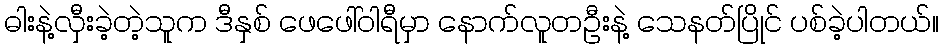
ဓါးနဲ့လှီးခဲ့တဲ့သူက ဒီနှစ် ဖေဖေါ်ဝါရီမှာ နောက်လူတဦးနဲ့ သေနတ်ပြိုင် ပစ်ခဲ့ပါတယ်။